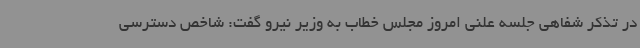
در تذکر شفاهی جلسه علنی امروز مجلس خطاب به وزیر نیرو گفت: شاخص دسترسی